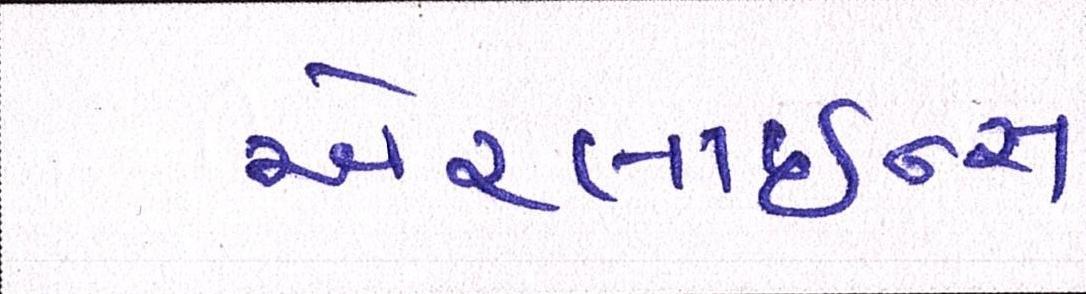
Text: એરલાઇન્સ